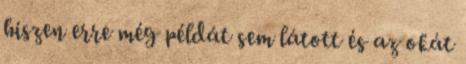
hiszen erre még példát sem látott és az okát